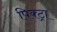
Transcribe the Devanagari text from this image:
पिक्ट्रा